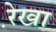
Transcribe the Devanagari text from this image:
रे़खा